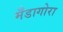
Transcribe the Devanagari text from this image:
मँडागोरा